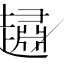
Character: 𧽷